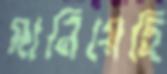
মানিয়েছি